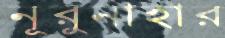
নূরুনাহার